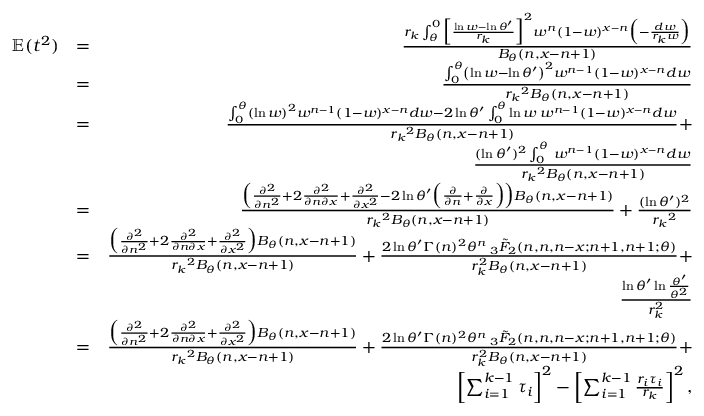
\begin{array} { r l r } { \mathbb { E } ( t ^ { 2 } ) } & { = } & { \frac { r _ { k } \int _ { \theta } ^ { 0 } \Big [ \frac { \ln w - \ln \theta ^ { \prime } } { r _ { k } } \Big ] ^ { 2 } w ^ { n } ( 1 - w ) ^ { x - n } \Big ( - \frac { d w } { r _ { k } w } \Big ) } { B _ { \theta } ( n , x - n + 1 ) } } \\ & { = } & { \frac { \int _ { 0 } ^ { \theta } \left( \ln w - \ln \theta ^ { \prime } \right) ^ { 2 } w ^ { n - 1 } ( 1 - w ) ^ { x - n } d w } { { r _ { k } } ^ { 2 } B _ { \theta } ( n , x - n + 1 ) } } \\ & { = } & { \frac { \int _ { 0 } ^ { \theta } \left( \ln w \right) ^ { 2 } w ^ { n - 1 } ( 1 - w ) ^ { x - n } d w - 2 \ln \theta ^ { \prime } \int _ { 0 } ^ { \theta } \ln w \: w ^ { n - 1 } ( 1 - w ) ^ { x - n } d w } { { r _ { k } } ^ { 2 } B _ { \theta } ( n , x - n + 1 ) } + } \\ & { } & { \frac { ( \ln \theta ^ { \prime } ) ^ { 2 } \int _ { 0 } ^ { \theta } \: w ^ { n - 1 } ( 1 - w ) ^ { x - n } d w } { { r _ { k } } ^ { 2 } B _ { \theta } ( n , x - n + 1 ) } } \\ & { = } & { \frac { \Big ( \frac { \partial ^ { 2 } } { \partial n ^ { 2 } } + 2 \frac { \partial ^ { 2 } } { \partial n \partial x } + \frac { \partial ^ { 2 } } { \partial x ^ { 2 } } - 2 \ln \theta ^ { \prime } \Big ( \frac { \partial } { \partial n } + \frac { \partial } { \partial x } \Big ) \Big ) B _ { \theta } ( n , x - n + 1 ) } { { r _ { k } } ^ { 2 } B _ { \theta } ( n , x - n + 1 ) } + \frac { ( \ln \theta ^ { \prime } ) ^ { 2 } } { { r _ { k } } ^ { 2 } } } \\ & { = } & { \frac { \Big ( \frac { \partial ^ { 2 } } { \partial n ^ { 2 } } + 2 \frac { \partial ^ { 2 } } { \partial n \partial x } + \frac { \partial ^ { 2 } } { \partial x ^ { 2 } } \Big ) B _ { \theta } ( n , x - n + 1 ) } { { r _ { k } } ^ { 2 } B _ { \theta } ( n , x - n + 1 ) } + \frac { 2 \ln \theta ^ { \prime } \Gamma ( n ) ^ { 2 } { \theta } ^ { n } \: _ { 3 } \tilde { F } _ { 2 } ( n , n , n - x ; n + 1 , n + 1 ; \theta ) } { r _ { k } ^ { 2 } B _ { \theta } ( n , x - n + 1 ) } + } \\ & { } & { \frac { \ln \theta ^ { \prime } \ln \frac { \theta ^ { \prime } } { { \theta } ^ { 2 } } } { r _ { k } ^ { 2 } } } \\ & { = } & { \frac { \Big ( \frac { \partial ^ { 2 } } { \partial n ^ { 2 } } + 2 \frac { \partial ^ { 2 } } { \partial n \partial x } + \frac { \partial ^ { 2 } } { \partial x ^ { 2 } } \Big ) B _ { \theta } ( n , x - n + 1 ) } { { r _ { k } } ^ { 2 } B _ { \theta } ( n , x - n + 1 ) } + \frac { 2 \ln \theta ^ { \prime } \Gamma ( n ) ^ { 2 } { \theta } ^ { n } \: _ { 3 } \tilde { F } _ { 2 } ( n , n , n - x ; n + 1 , n + 1 ; \theta ) } { r _ { k } ^ { 2 } B _ { \theta } ( n , x - n + 1 ) } + } \\ & { } & { \left[ \sum _ { i = 1 } ^ { k - 1 } \tau _ { i } \right] ^ { 2 } - \left[ \sum _ { i = 1 } ^ { k - 1 } \frac { r _ { i } \tau _ { i } } { r _ { k } } \right] ^ { 2 } , } \end{array}